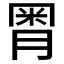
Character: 𣍸